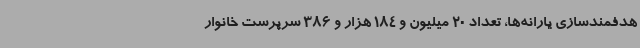
هدفمندسازی یارانه‌ها، تعداد 20 میلیون و 184 هزار و 386 سرپرست خانوار